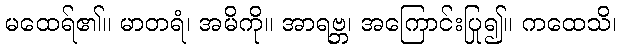
မထေရ်၏။ မာတရံ၊ အမိကို။ အာရဗ္ဘ၊ အကြောင်းပြု၍။ ကထေသိ၊